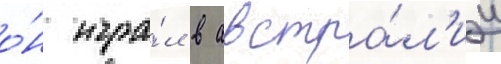
о́н игра́л в австра́л'ии